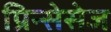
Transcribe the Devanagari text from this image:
प्रिन्सेसेज